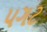
પગટ